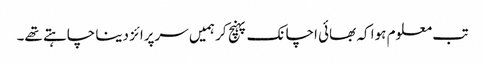
تب معلوم ہوا کہ بھائی اچانک پہنچ کر ہمیں سرپرائز دینا چاہتے تھے۔